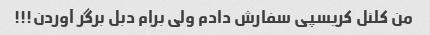
من کلنل کریسپی سفارش دادم ولی برام دبل برگر آوردن!!!